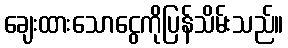
ချေးထားသောငွေကိုပြန်သိမ်းသည်။